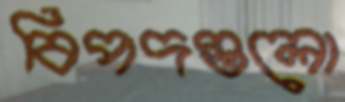
বিপদগুলো